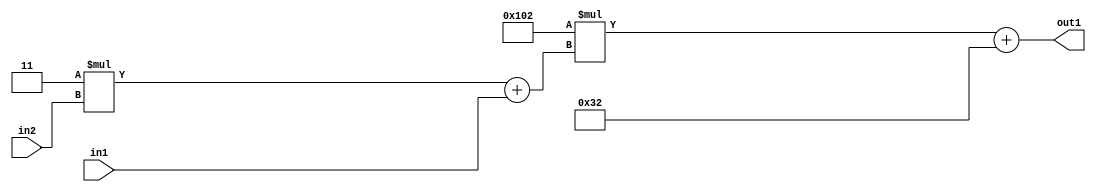
`timescale 1ps / 1ps
/*****************************************************************************
    Verilog RTL Description
    
    
    Created by: Stratus DpOpt 2019.1.01 
*******************************************************************************/

module DC_Filter_Add2i50Mul2i258Add2u1Mul2i3u2_4 (
	in2,
	in1,
	out1
	); /* architecture "behavioural" */ 
input [1:0] in2;
input  in1;
output [11:0] out1;
wire [11:0] asc001;
wire [3:0] asc002;

wire [3:0] asc002_tmp_0;
assign asc002_tmp_0 = 
	+(4'B0011 * in2);
assign asc002 = asc002_tmp_0
	+(in1);

wire [11:0] asc001_tmp_1;
assign asc001_tmp_1 = 
	+(12'B000100000010 * asc002);
assign asc001 = asc001_tmp_1
	+(12'B000000110010);

assign out1 = asc001;
endmodule

/* CADENCE  v7byQg8= : u9/ySgnWtBlWxVPRXgAZ4Og= ** DO NOT EDIT THIS LINE ******/